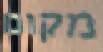
מקום